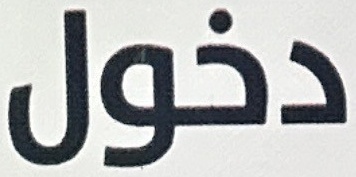
دخول